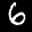
Label: 6